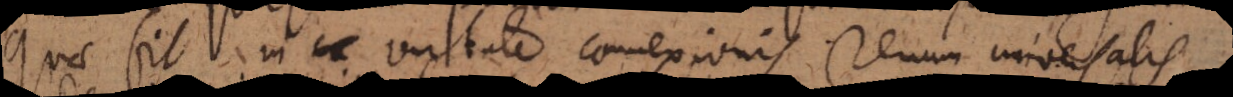
quae fit in co virtute connexionis rerum universalis.